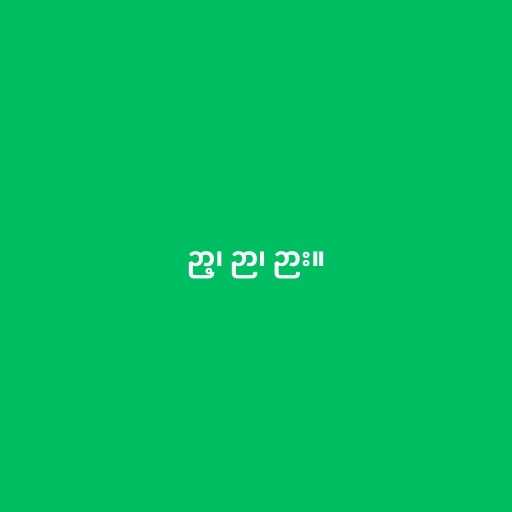
ဉာ့၊ ဉာ၊ ဉား။